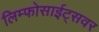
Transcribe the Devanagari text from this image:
लिम्फोसाईट्सवर